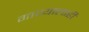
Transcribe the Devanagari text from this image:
गाण्यालाही